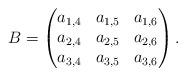
LaTeX: \begin{align*} B=\begin{pmatrix}a_{1,4} & a_{1,5} & a_{1,6}\\ a_{2,4} & a_{2,5} & a_{2,6}\\ a_{3,4} & a_{3,5} & a_{3,6} \end{pmatrix}.\end{align*}